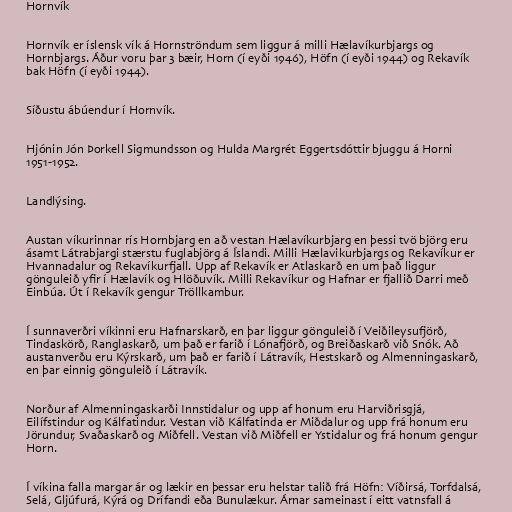
Hornvík

Hornvík er íslensk vík á Hornströndum sem liggur á milli Hælavíkurbjargs og
Hornbjargs. Áður voru þar 3 bæir, Horn (í eyði 1946), Höfn (í eyði 1944) og Rekavík
bak Höfn (í eyði 1944).

Síðustu ábúendur í Hornvík.

Hjónin Jón Þorkell Sigmundsson og Hulda Margrét Eggertsdóttir bjuggu á Horni
1951-1952.

Landlýsing.

Austan víkurinnar rís Hornbjarg en að vestan Hælavíkurbjarg en þessi tvö björg eru
ásamt Látrabjargi stærstu fuglabjörg á Íslandi. Milli Hælavikurbjargs og Rekavíkur er
Hvannadalur og Rekavíkurfjall. Upp af Rekavík er Atlaskarð en um það liggur
gönguleið yfir í Hælavík og Hlöðuvík. Milli Rekavíkur og Hafnar er fjallið Darri með
Einbúa. Út í Rekavík gengur Tröllkambur.

Í sunnaverðri víkinni eru Hafnarskarð, en þar liggur gönguleið í Veiðileysufjörð,
Tindaskörð, Ranglaskarð, um það er farið í Lónafjörð, og Breiðaskarð við Snók. Að
austanverðu eru Kýrskarð, um það er farið í Látravík, Hestskarð og Almenningaskarð,
en þar einnig gönguleið í Látravík.

Norður af Almenningaskarði Innstidalur og upp af honum eru Harviðrisgjá,
Eilífstindur og Kálfatindur. Vestan við Kálfatinda er Miðdalur og upp frá honum eru
Jörundur, Svaðaskarð og Miðfell. Vestan við Miðfell er Ystidalur og frá honum gengur
Horn.

Í víkina falla margar ár og lækir en þessar eru helstar talið frá Höfn: Víðirsá, Torfdalsá,
Selá, Gljúfurá, Kýrá og Drífandi eða Bunulækur. Árnar sameinast í eitt vatnsfall á